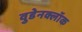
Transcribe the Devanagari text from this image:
वुडेनक्लॉक